Annual report of lunatic asylums [Bombay] - 1912-1922
Year: 1912
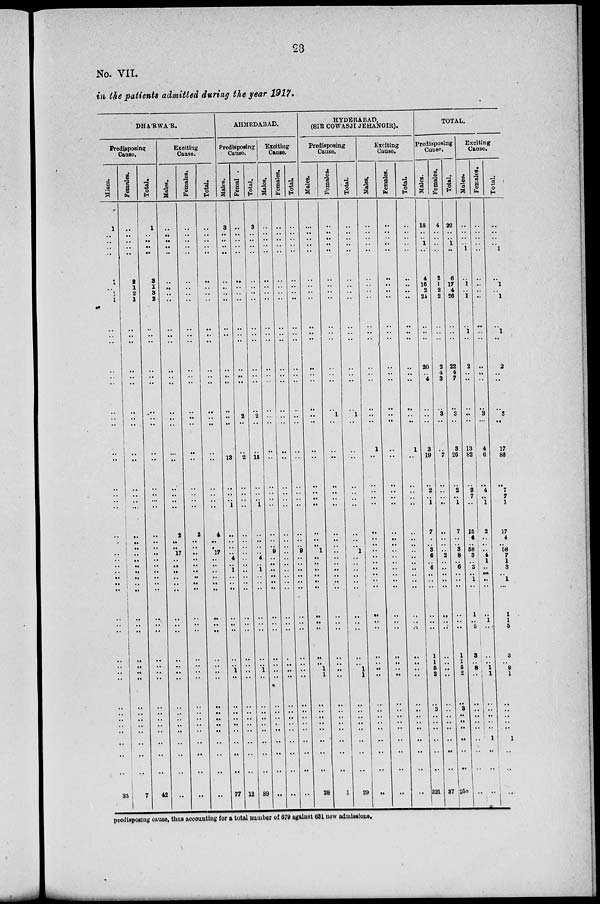
23
No. VII.
in the patients admitted during the year 1917.
DHA'RWA'R.
Predisposing
Cause.
Males.
1 ..
..
..
..
1
..
1
1
..
..
..
..
..
..
..
..
..
..
..
..
..
..
..
..
..
..
..
..
..
..
..
..
..
..
..
..
..
..
..
..
..
..
..
..
..
..
..
..
35
Females.
...
..
..
..
..
2
1
2
1
..
..
..
..
..
..
..
..
..
..
..
..
..
..
..
..
..
.. ..
..
..
..
..
..
..
..
..
..
..
.. ..
..
..
..
..
..
..
..
..
..
7
Total.
1
..
..
..
..
3
1
3
2
..
..
..
..
..
..
..
..
..
..
..
..
..
..
..
..
..
..
..
..
..
..
..
..
..
..
..
..
..
.. ..
..
..
..
..
..
..
..
..
..
42
Exciting
Cause.
Males.
..
..
..
..
..
..
..
..
..
..
..
..
..
..
..
..
..
..
..
..
..
..
..
..
2
..
..
17
..
..
..
..
..
..
..
..
..
..
.. ..
..
..
..
..
..
..
..
..
..
..
Females.
..
..
..
..
..
..
..
..
..
..
..
..
..
..
..
..
..
..
..
..
..
..
..
..
2
..
..
..
..
..
..
..
..
..
..
..
..
..
.. ..
..
..
..
..
..
..
..
..
..
..
Total.
..
..
..
..
..
..
..
..
..
..
..
..
..
..
..
..
..
..
..
..
..
..
..
..
4
..
..
17
..
..
..
..
..
..
..
..
..
..
.. ..
..
..
..
..
..
..
..
..
..
..
AHMEDABAD.
Predisposing
Cause.
Males.
3
..
..
..
..
..
..
..
..
..
..
..
..
..
..
..
..
..
..
13
..
..
..
1
..
..
..
..
4
..
1
..
..
..
..
..
..
..
.. 1
..
..
..
..
..
..
..
..
..
77
Female
..
..
..
..
..
..
..
..
..
..
..
..
..
..
..
..
2
..
..
2
..
..
..
..
..
..
..
..
..
..
..
..
..
..
..
..
..
..
.. ..
..
..
..
..
..
..
..
..
..
12
Total.
3
..
..
..
..
..
..
..
..
..
..
..
..
..
..
..
2
..
..
15
..
..
..
1
..
..
..
..
4
..
1
..
..
..
..
..
..
..
.. 1
..
..
..
..
..
..
..
..
..
89
Exciting
Cause.
Males.
..
..
..
..
..
..
..
..
..
..
..
..
..
..
..
..
..
..
..
..
..
..
..
..
..
..
..
9
..
..
..
..
..
..
..
..
..
..
..
..
..
..
..
..
..
..
..
..
..
..
Females.
..
..
..
..
..
..
..
..
..
..
..
..
..
..
..
..
..
..
..
..
..
..
..
..
..
..
..
..
..
..
..
..
..
..
..
..
..
..
..
..
..
..
..
..
..
..
..
..
..
..
Total.
..
..
..
..
..
..
..
..
..
..
..
..
..
..
..
..
..
..
..
..
..
..
..
..
..
..
..
9
..
..
..
..
..
..
..
..
..
..
..
..
..
..
..
..
..
..
..
..
..
..
HYDERABAD,
(SIR COWASJI JEHANGIR).
Predisposing
Cause.
Males.
..
..
..
..
..
..
..
..
..
..
..
..
..
..
..
..
..
..
..
..
..
..
..
..
..
..
..
1
..
..
..
..
..
..
..
..
..
..
..
1
1
..
..
..
..
..
..
..
..
28
Females.
..
..
..
..
..
..
..
..
..
..
..
..
..
..
..
..
1
..
..
..
..
..
..
..
..
..
..
..
..
..
..
..
..
..
..
..
..
..
.. ..
..
..
..
..
..
..
..
..
..
1
Total.
..
..
..
..
..
..
..
..
..
..
..
..
..
..
..
..
1
..
..
..
..
..
..
..
..
..
..
1
..
..
..
..
..
..
..
..
..
..
..
1
1
..
..
..
..
..
..
..
..
29
Exciting
Cause.
Males.
..
..
..
..
..
..
..
..
..
..
..
..
..
..
..
..
..
..
1
..
..
..
..
..
..
..
..
..
..
..
..
..
..
..
..
..
..
..
.. ..
..
..
..
..
..
..
..
..
..
..
Females.
..
..
..
..
..
..
..
..
..
..
..
..
..
..
..
..
..
..
..
..
..
..
..
..
..
..
..
..
..
..
..
..
..
..
..
..
..
..
.. ..
..
..
..
..
..
..
..
..
..
..
Total.
..
..
..
..
..
..
..
..
..
..
..
..
..
..
..
..
..
..
1
..
..
..
..
..
..
..
..
..
..
..
..
..
..
..
..
..
..
..
.. ..
..
..
..
..
..
..
..
..
..
..
TOTAL.
Predisposing
Cause.
Males.
18
..
..
1
..
4
16
2
24
..
..
..
20
..
4
..
..
..
3
19
..
2
..
1
7
..
..
3
6
..
6
..
..
..
..
..
..
1
1
5
2
..
3
..
..
..
..
..
..
221
Females.
4
..
..
..
..
2
1
2
2
..
..
..
2
4
3
..
3
..
..
7
..
..
..
..
..
..
..
..
2
..
..
..
..
..
..
..
..
..
..
..
..
..
..
..
..
..
..
..
..
37
Total.
22
..
..
1
..
6
17
4
26
..
..
..
22
4
7
..
3
..
3
26
..
2
..
1
7
..
..
3
8
..
6
..
..
..
..
..
..
1
1
5
2
..
3
..
..
..
..
..
..
258
Exciting
Cause.
Males.
..
..
..
..
1
..
1
..
1
..
1
..
2
..
..
..
..
..
13
82
..
3
7
..
15
4
..
58
3
..
3
..
1
..
1
..
5
3
.. 8
..
..
..
..
..
..
..
..
..
..
Females.
..
..
..
..
..
..
..
..
..
..
..
..
..
..
..
..
3
..
4
6
..
4
..
1
2
..
..
..
4
1
..
..
..
..
..
1
..
..
.. 1
1
..
..
..
..
..
..
..
..
..
Total.
..
..
..
..
1
..
1
..
1
..
1
..
2
..
..
..
3
..
17
88
..
7
7
1
17
4
..
58
7
1
3
..
1
..
1
1
5
3
..
9
1
..
..
..
..
..
1
..
..
..
predisposing cause, thus accounting for a total number of 679 against 631 new admissions.